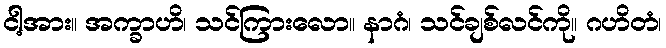
ငါ့အား။ အက္ခာဟိ၊ သင်ကြားလော။ နာဂံ၊ သင်ချစ်လင်ကို။ ဂဟိတံ၊